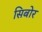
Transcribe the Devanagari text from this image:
सिबोर